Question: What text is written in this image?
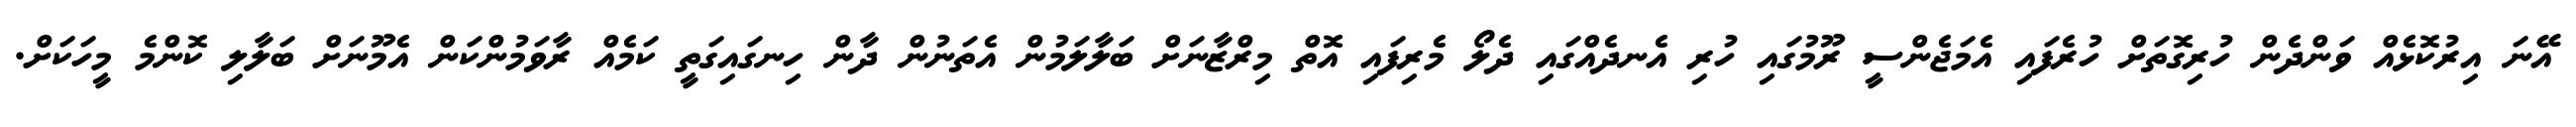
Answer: އޭނަ އިރުކޮޅެއް ވަންދެން ހުރިގޮތަށް ހުރެފައި އެމަޖެންސީ ރޫމުގައި ހުރި އެނދެއްގައި ދެލޯ މެރިފައި އޮތް މިރްޒާނަށް ބަލާލަމުން އެތަނުން ދާން ހިނގައިގަތީ ކަމެއް ރާވަމުންކަން އެމޫނަށް ބަލާލި ކޮންމެ މީހަކަށް.